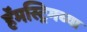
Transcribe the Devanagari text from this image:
हॅमस्ट्रिगच्या